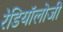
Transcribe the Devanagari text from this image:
रेडियॉलोजी